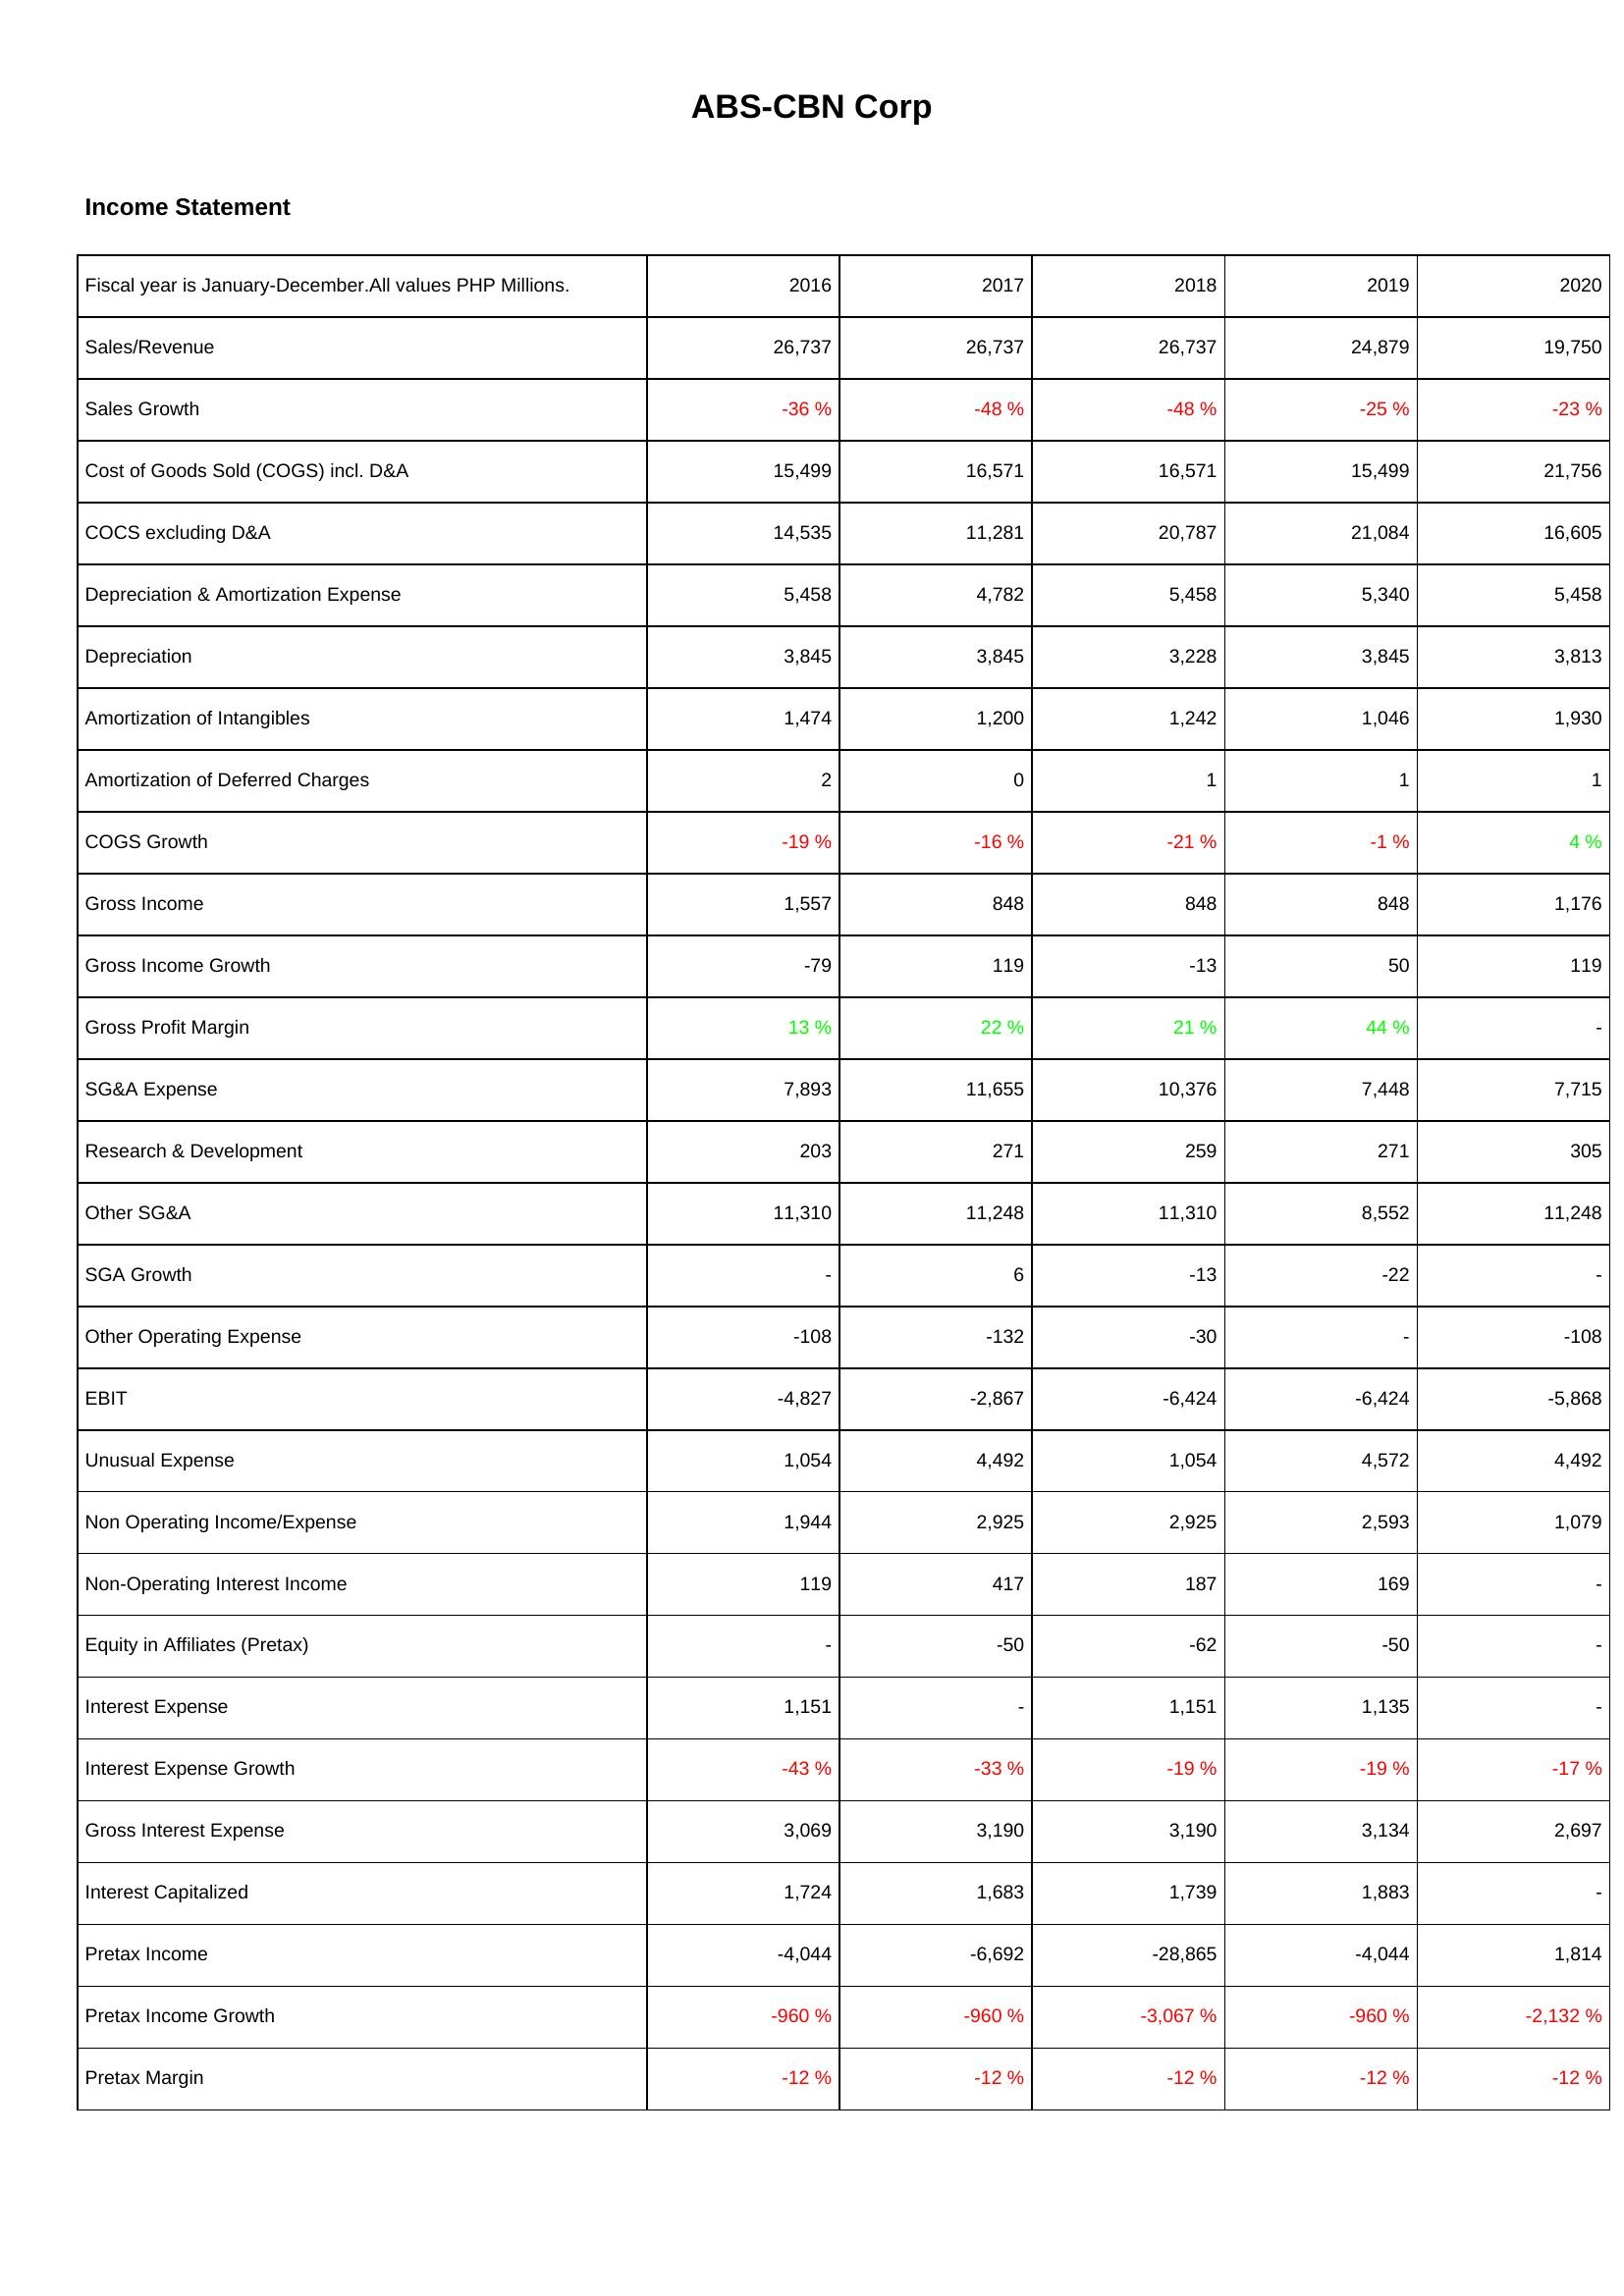
2016: Income Statement: Sales/Revenue: 26,737
Sales Growth: -36 %
Cost of Goods Sold (COGS) incl. D&A: 15,499
COCS excluding D&A: 14,535
Depreciation & Amortization Expense: 5,458
Depreciation: 3,845
Amortization of Intangibles: 1,474
Amortization of Deferred Charges: 2
COGS Growth: -19 %
Gross Income: 1,557
Gross Income Growth: -79
Gross Profit Margin: 13 %
SG&A Expense: 7,893
Research & Development: 203
Other SG&A: 11,310
SGA Growth: -
Other Operating Expense: -108
EBIT: -4,827
Unusual Expense: 1,054
Non Operating Income/Expense: 1,944
Non-Operating Interest Income: 119
Equity in Affiliates (Pretax): -
Interest Expense: 1,151
Interest Expense Growth: -43 %
Gross Interest Expense: 3,069
Interest Capitalized: 1,724
Pretax Income: -4,044
Pretax Income Growth: -960 %
Pretax Margin: -12 %
2017: Income Statement: Sales/Revenue: 26,737
Sales Growth: -48 %
Cost of Goods Sold (COGS) incl. D&A: 16,571
COCS excluding D&A: 11,281
Depreciation & Amortization Expense: 4,782
Depreciation: 3,845
Amortization of Intangibles: 1,200
Amortization of Deferred Charges: 0
COGS Growth: -16 %
Gross Income: 848
Gross Income Growth: 119
Gross Profit Margin: 22 %
SG&A Expense: 11,655
Research & Development: 271
Other SG&A: 11,248
SGA Growth: 6
Other Operating Expense: -132
EBIT: -2,867
Unusual Expense: 4,492
Non Operating Income/Expense: 2,925
Non-Operating Interest Income: 417
Equity in Affiliates (Pretax): -50
Interest Expense: -
Interest Expense Growth: -33 %
Gross Interest Expense: 3,190
Interest Capitalized: 1,683
Pretax Income: -6,692
Pretax Income Growth: -960 %
Pretax Margin: -12 %
2018: Income Statement: Sales/Revenue: 26,737
Sales Growth: -48 %
Cost of Goods Sold (COGS) incl. D&A: 16,571
COCS excluding D&A: 20,787
Depreciation & Amortization Expense: 5,458
Depreciation: 3,228
Amortization of Intangibles: 1,242
Amortization of Deferred Charges: 1
COGS Growth: -21 %
Gross Income: 848
Gross Income Growth: -13
Gross Profit Margin: 21 %
SG&A Expense: 10,376
Research & Development: 259
Other SG&A: 11,310
SGA Growth: -13
Other Operating Expense: -30
EBIT: -6,424
Unusual Expense: 1,054
Non Operating Income/Expense: 2,925
Non-Operating Interest Income: 187
Equity in Affiliates (Pretax): -62
Interest Expense: 1,151
Interest Expense Growth: -19 %
Gross Interest Expense: 3,190
Interest Capitalized: 1,739
Pretax Income: -28,865
Pretax Income Growth: -3,067 %
Pretax Margin: -12 %
2019: Income Statement: Sales/Revenue: 24,879
Sales Growth: -25 %
Cost of Goods Sold (COGS) incl. D&A: 15,499
COCS excluding D&A: 21,084
Depreciation & Amortization Expense: 5,340
Depreciation: 3,845
Amortization of Intangibles: 1,046
Amortization of Deferred Charges: 1
COGS Growth: -1 %
Gross Income: 848
Gross Income Growth: 50
Gross Profit Margin: 44 %
SG&A Expense: 7,448
Research & Development: 271
Other SG&A: 8,552
SGA Growth: -22
Other Operating Expense: -
EBIT: -6,424
Unusual Expense: 4,572
Non Operating Income/Expense: 2,593
Non-Operating Interest Income: 169
Equity in Affiliates (Pretax): -50
Interest Expense: 1,135
Interest Expense Growth: -19 %
Gross Interest Expense: 3,134
Interest Capitalized: 1,883
Pretax Income: -4,044
Pretax Income Growth: -960 %
Pretax Margin: -12 %
2020: Income Statement: Sales/Revenue: 19,750
Sales Growth: -23 %
Cost of Goods Sold (COGS) incl. D&A: 21,756
COCS excluding D&A: 16,605
Depreciation & Amortization Expense: 5,458
Depreciation: 3,813
Amortization of Intangibles: 1,930
Amortization of Deferred Charges: 1
COGS Growth: 4 %
Gross Income: 1,176
Gross Income Growth: 119
Gross Profit Margin: -
SG&A Expense: 7,715
Research & Development: 305
Other SG&A: 11,248
SGA Growth: -
Other Operating Expense: -108
EBIT: -5,868
Unusual Expense: 4,492
Non Operating Income/Expense: 1,079
Non-Operating Interest Income: -
Equity in Affiliates (Pretax): -
Interest Expense: -
Interest Expense Growth: -17 %
Gross Interest Expense: 2,697
Interest Capitalized: -
Pretax Income: 1,814
Pretax Income Growth: -2,132 %
Pretax Margin: -12 %